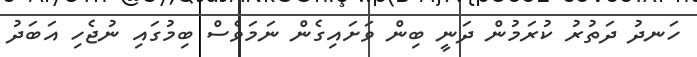
ހަނދު ދަތުރު ކުރަމުން ދަނީ ބިން ވަށައިގެން ނަމަވެސް ބިމުގައި ނުޖެހި އަބަދު